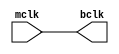
module clockbuffer(mclk,bclk);
input mclk;
output bclk;
buf b1(bclk,mclk);
endmodule